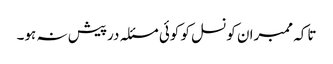
تاکہ ممبران کونسل کو کوئی مسئلہ درپیش نہ ہو۔